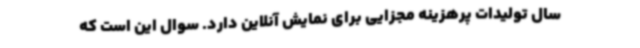
سال تولیدات پرهزینه مجزایی برای نمایش آنلاین دارد. سوال این است که